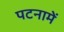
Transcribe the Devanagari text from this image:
पटनामें